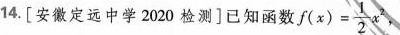
14.[安徽定远中学2020检测]已知函数$$f ( x ) = \frac { 1 } { 2 } x ^ { 2 }$$